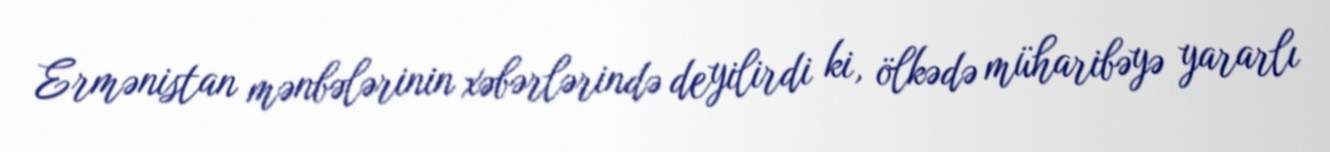
Ermənistan mənbələrinin xəbərlərində deyilirdi ki, ölkədə müharibəyə yararlı